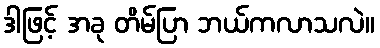
ဒါဖြင့် အခု တိမ်ပြာ ဘယ်ကလာသလဲ။